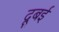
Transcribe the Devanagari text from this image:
दूबई